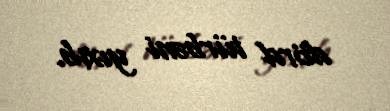
dörd türbəni yıxıb.